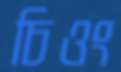
চিওং